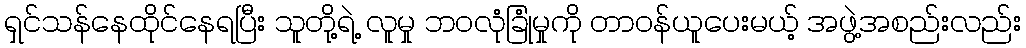
ရှင်သန်နေထိုင်နေရပြီး သူတို့ရဲ့ လူမှု ဘဝလုံခြုံမှုကို တာဝန်ယူပေးမယ့် အဖွဲ့အစည်းလည်း